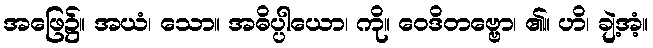
အဖြေ၌။ အယံ၊ သော။ အဓိပ္ပါယော၊ ကို။ ဝေဒိတဗ္ဗော၊ ၏။ ဟိ၊ ချဲ့အံ့။